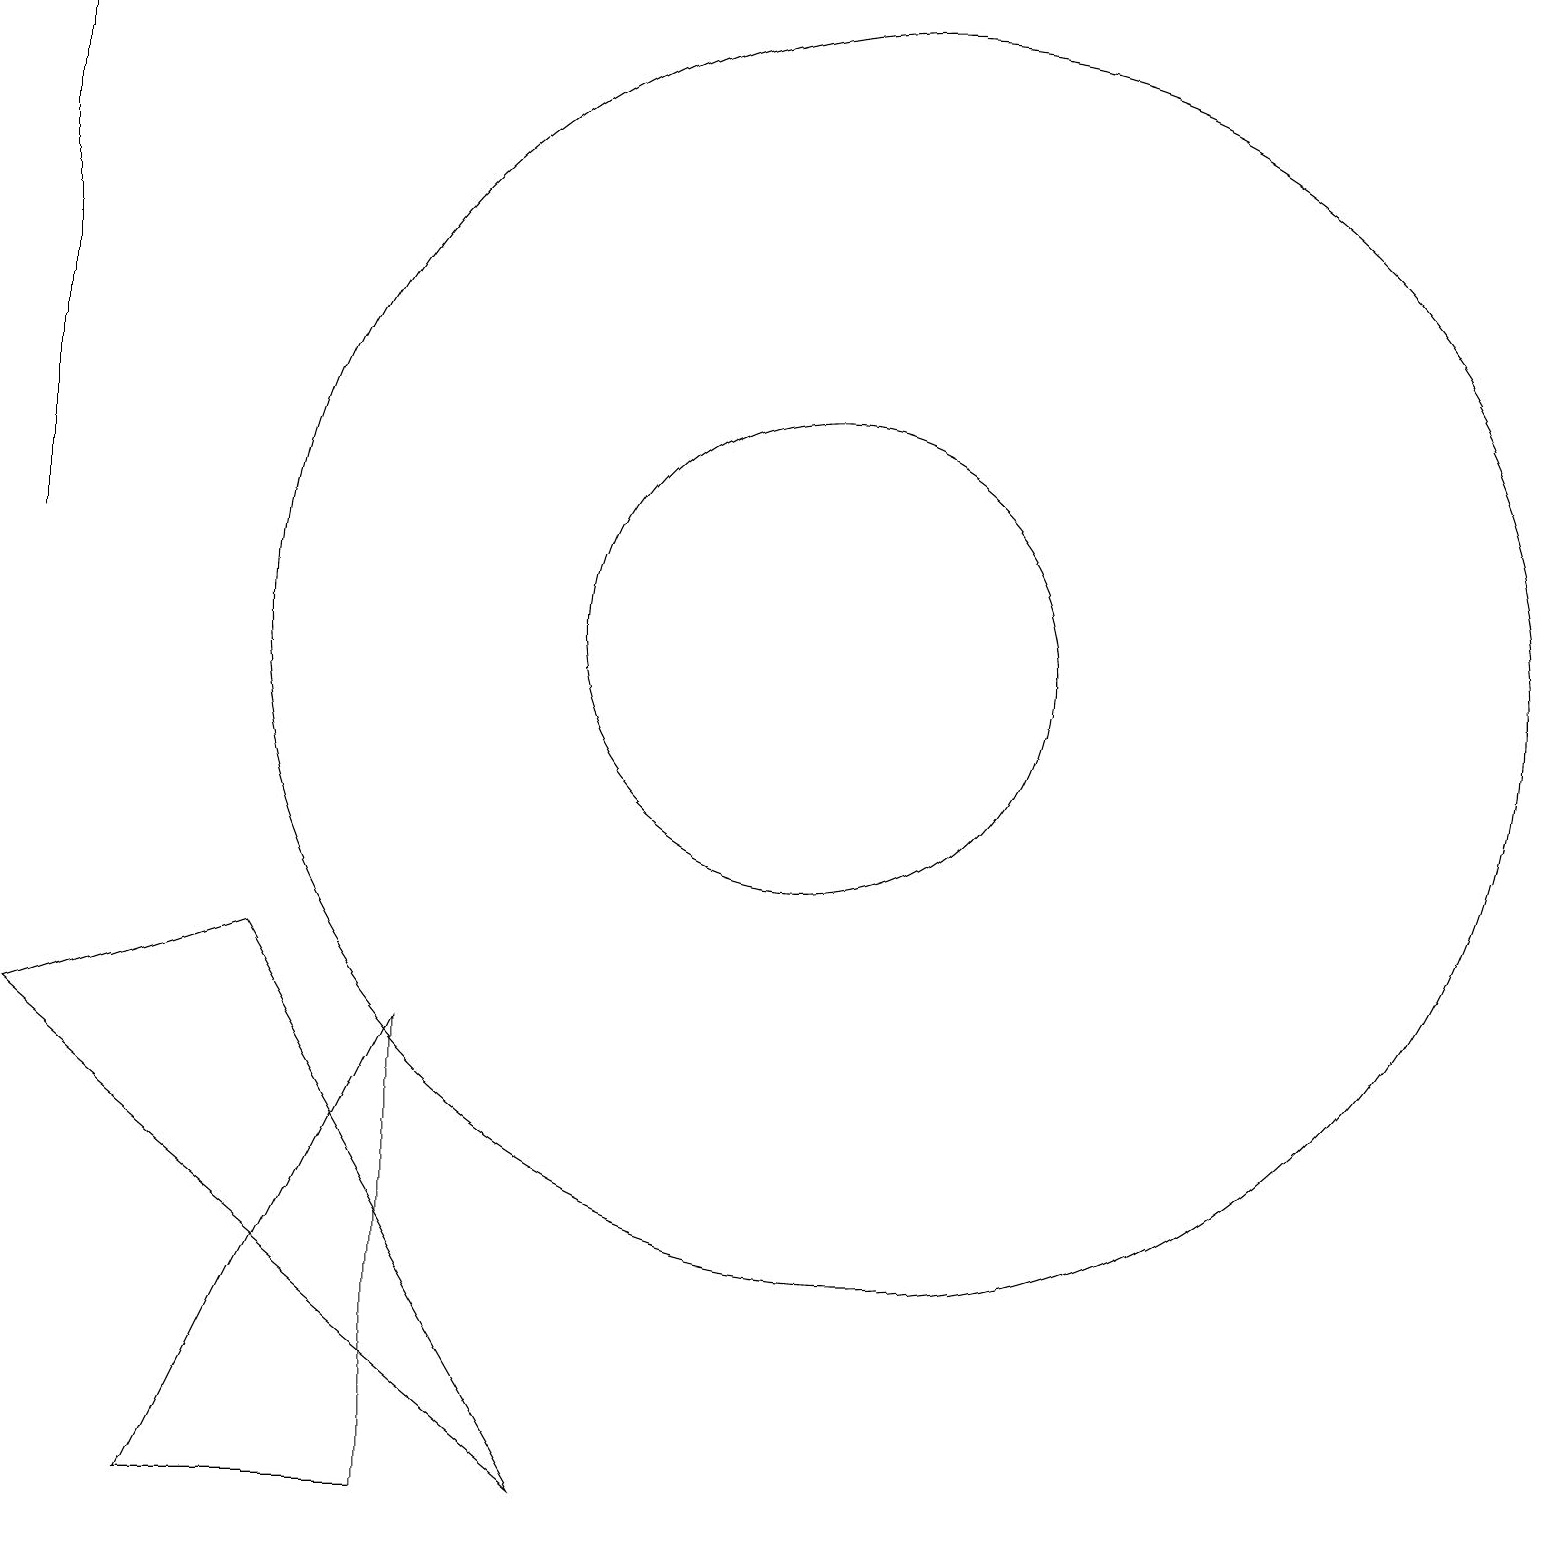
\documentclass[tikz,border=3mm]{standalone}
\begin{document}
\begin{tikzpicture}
\draw (10,11) circle (3);
\draw (2,0) -- (5,0) -- (5,6) -- cycle;
\draw (0,12) rectangle (0,19);
\draw (7,0) -- (3,7) -- (0,6) -- cycle;
\draw (11,11) circle (8);
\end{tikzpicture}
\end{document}